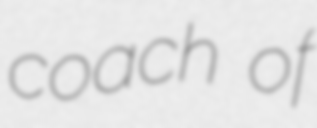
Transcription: coach of